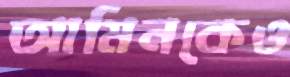
আমিনকেও